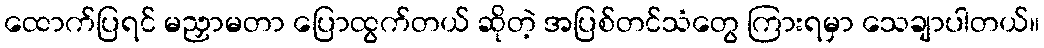
ထောက်ပြရင် မညှာမတာ ပြောထွက်တယ် ဆိုတဲ့ အပြစ်တင်သံတွေ ကြားရမှာ သေချာပါတယ်။